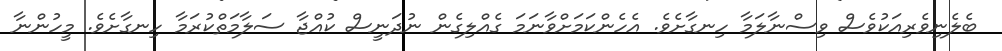
ބެލެނިވެރިއަކުވެސް ވިސްނާލަމާ ހިނގާށެވެ. އެހެންކަމަށްވާނަމަ ގެއްލިގެން ނުދަނީސް ކުއްޖާ ސަލާމަތްކުރަމާ ހިނގާށެވެ. މީހުންނާ